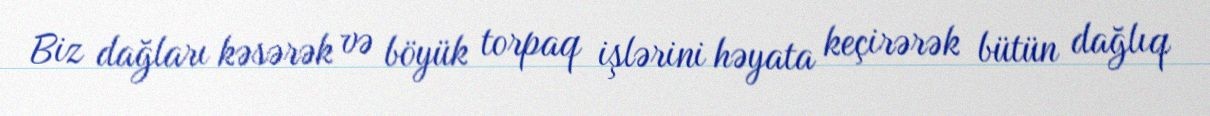
Biz dağları kəsərək və böyük torpaq işlərini həyata keçirərək bütün dağlıq